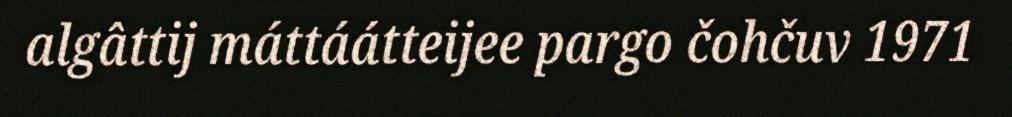
algâttij máttáátteijee pargo čohčuv 1971